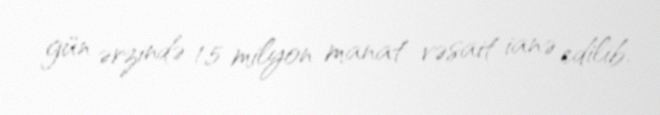
gün ərzində 1,5 milyon manat vəsait ianə edilib.